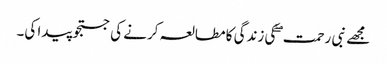
مجھے نبی رحمت ۖ کی زندگی کا مطالعہ کرنے کی جستجو پیدا کی۔